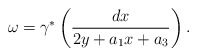
\begin{align*}\omega=\gamma^{*}\left( \frac{dx}{2y + a_1x + a_3} \right).\end{align*}